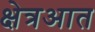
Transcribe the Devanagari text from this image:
क्षेत्रआत